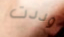
وددت